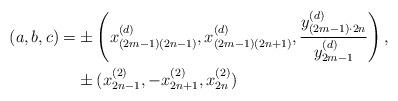
LaTeX: \begin{align*} (a,b,c) = &\pm\left( x_{(2m-1)(2n-1)}^{(d)},x_{(2m-1)(2n+1)}^{(d)},\frac{y_{(2m-1)\cdot 2n}^{(d)}}{y_{2m-1}^{(d)}}\right), \\&\pm (x_{2n-1}^{(2)},-x_{2n+1}^{(2)},x_{2n}^{(2)}) \end{align*}